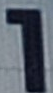
1